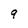
Character: 9